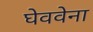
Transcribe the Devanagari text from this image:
घेववेना